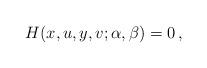
LaTeX: \begin{align*}H(x,u,y,v;\alpha,\beta)=0\,,\end{align*}